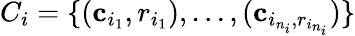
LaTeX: C_{i}=\{ (\mathbf{c}_{i_{1}},r_{i_{1}}),\dots,(\mathbf{c}_{i_{n_{i}},r_{i_{n_{i}}}})\}